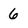
Character: 6